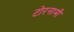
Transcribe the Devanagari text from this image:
टोरनामी